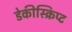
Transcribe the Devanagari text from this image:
डेकीस्क्रिप्ट